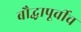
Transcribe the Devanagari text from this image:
बौद्धापूर्वीच